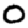
Digit: 0